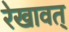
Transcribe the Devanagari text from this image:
रेखावत्‌